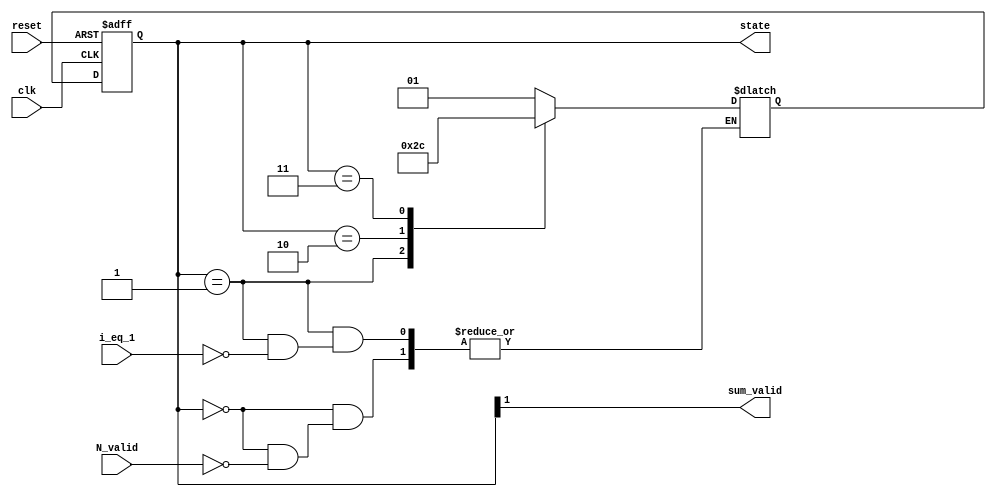
module controlpath(input N_valid, reset, clk, i_eq_1, output [1:0] state, output sum_valid);
  //local parameters declaration (states)
  localparam idle = 2'b00;
  localparam busy = 2'b01;
  localparam done1 = 2'b10;
  localparam done2 = 2'b11;
  //state register declaration
  reg [1:0] state = 2'b0;
  reg [1:0] next_state;
  //Next state logic (combinational)
  always @(*)
    begin
      case (state)
        idle:
          if (N_valid)
       	    next_state = busy;
        busy:
          if(i_eq_1)
            next_state = done1 ;
        done1:
            next_state = done2;
        done2:
            next_state = idle;
        default:
            next_state = idle;
      endcase
    end
  // State register assignment
  always @(posedge clk or posedge reset)
    begin
      if (reset)
        state <= idle;
      else
        state <= next_state;
    end
  // Qualifier generation
  assign sum_valid = (state[1]);
  
endmodule